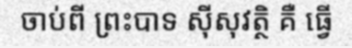
ចាប់ពី ព្រះបាទ ស៊ីសុវត្ថិ គឺ ធ្វើ